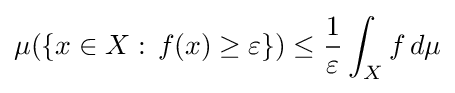
\mu (\{x\in X:\,f(x)\geq \varepsilon \})\leq {1 \over \varepsilon }\int _{X}f\,d\mu